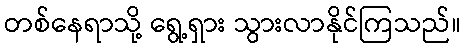
တစ်နေရာသို့ ရွေ့ရှား သွားလာနိုင်ကြသည်။